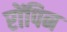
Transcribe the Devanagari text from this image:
रोंपिन